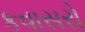
કવાસરો